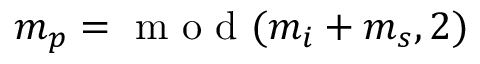
m _ { p } = \mathrm { ~ m ~ o ~ d ~ } ( m _ { i } + m _ { s } , 2 )